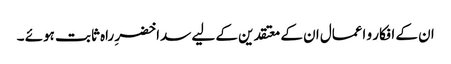
ان کے افکار و اعمال ان کے معتقدین کے لیے سدا خضرِ راہ ثابت ہوئے ۔